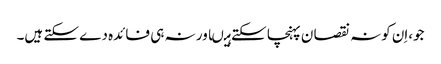
جو،اِن کونہ نقصا ن پہنچا سکتے ہیںاور نہ ہی فائدہ دے سکتے ہیں۔